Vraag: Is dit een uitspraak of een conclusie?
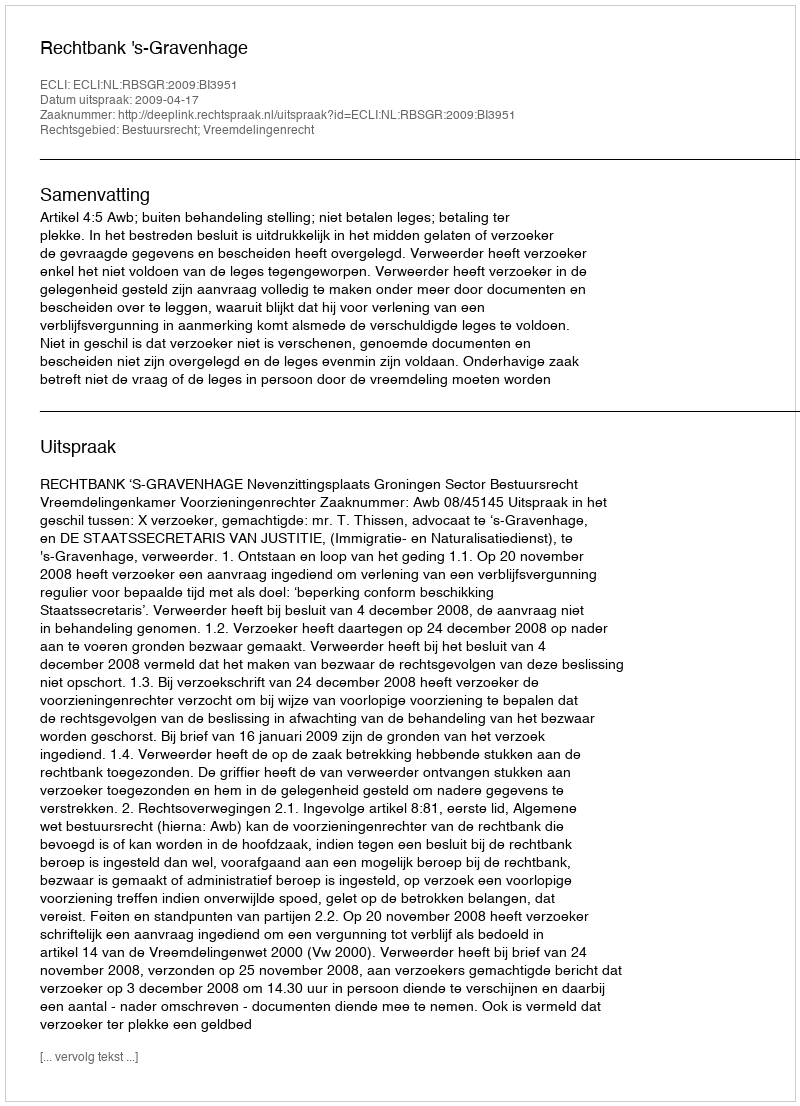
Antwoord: Uitspraak